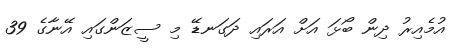
އުމެއިރު ދިން ބޯޅަ އަށް އަރައި ދަގަނޑޭ މި ސީޒަންގައި އޭނާގެ 39